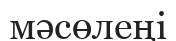
мәсөлеңі